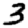
Digit: 3